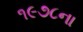
૧૯૭૮ના